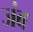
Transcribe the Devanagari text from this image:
जंब